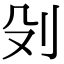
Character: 𠚹